Regulations for the medical services of the Army of India
Year: 1930
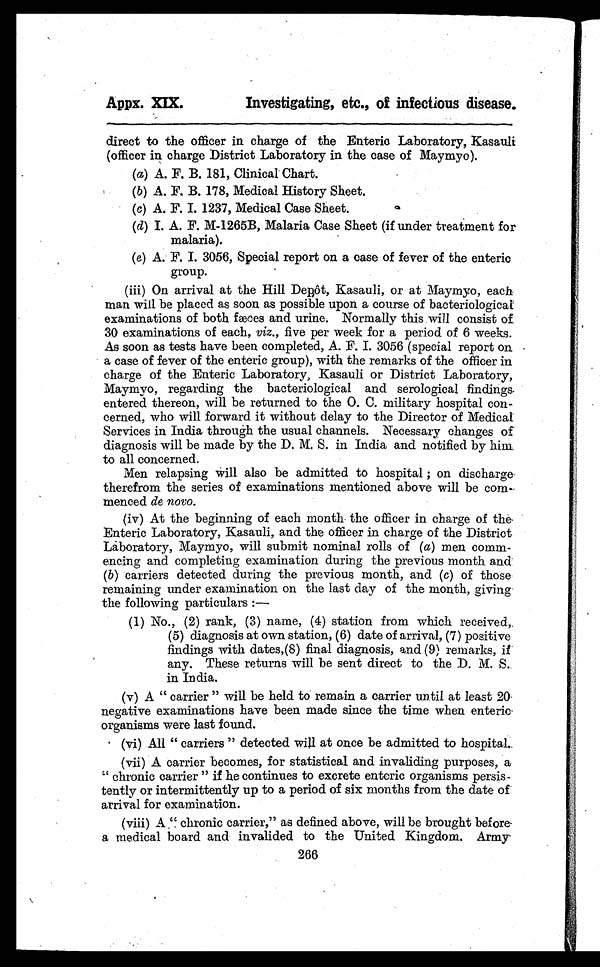
Appx. XIX.
Investigating, etc., of infectious disease.
direct to the officer in charge of the Enteric Laboratory, Kasauli
(officer in charge District Laboratory in the case of Maymyo).
(a) A. F. B. 181, Clinical Chart.
(b) A. F. B. 178, Medical History Sheet.
(c) A. F. I. 1237, Medical Case Sheet.
(d) I. A. F. M-1265B, Malaria Case Sheet (if under treatment for
malaria).
(e) A. F. I. 3056, Special report on a case of fever of the enteric
group.
(iii)
On arrival at the Hill Depôt, Kasauli, or at Maymyo, each
man will be placed as soon as possible upon a course of bacteriological
examinations of both fæces and urine. Normally this will consist of
30 examinations of each, viz., five per week for a period of 6 weeks.
As soon as tests have been completed, A. F. I. 3056 (special report on
a case of fever of the enteric group), with the remarks of the officer in
charge of the Enteric Laboratory, Kasauli or District Laboratory,
Maymyo, regarding the bacteriological and serological findings
entered thereon, will be returned to the O. C. military hospital con-
cerned, who will forward it without delay to the Director of Medical
Services in India through the usual channels. Necessary changes of
diagnosis will be made by the D. M. S. in India and notified by him
to all concerned.
Men relapsing will also be admitted to hospital ; on discharge
therefrom the series of examinations mentioned above will be com-
menced de novo.
(iv)
At the beginning of each month the officer in charge of the
Enteric Laboratory, Kasauli, and the officer in charge of the District
Laboratory, Maymyo, will submit nominal rolls of (a) men comm-
encing and completing examination during the previous month and
(b) carriers detected during the previous month, and (c) of those
remaining under examination on the last day of the month, giving
the following particulars :
—
(1) No., (2) rank, (3) name, (4) station from which received,
(5) diagnosis at own station, (6) date of arrival, (7) positive
findings with dates,(8) final diagnosis, and (9) remarks, if
any. These returns will be sent direct to the D. M. S..
in India.
(v)
A " carrier " will be held to remain a carrier until at least 20
negative examinations have been made since the time when enteric
organisms were last found.
(vi)
All " carriers " detected will at once be admitted to hospital.
(vii)
A carrier becomes, for statistical and invaliding purposes, a
" chronic carrier " if he continues to excrete enteric organisms persis-
tently or intermittently up to a period of six months from the date of
arrival for examination.
(viii)
A " chronic carrier," as defined above, will be brougt before a medical board and invalided to the United Kingdom. Army
(ix)
266